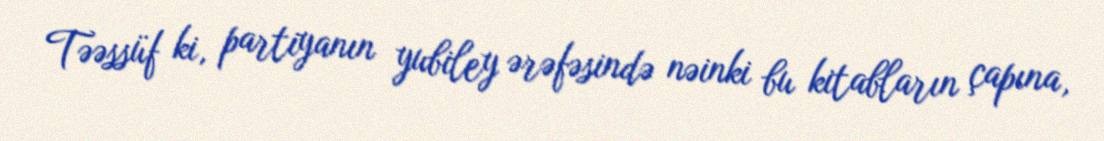
Təəssüf ki, partiyanın yubiley ərəfəsində nəinki bu kitabların çapına,